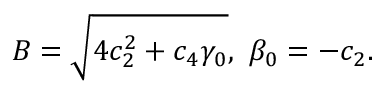
B = \sqrt { 4 c _ { 2 } ^ { 2 } + c _ { 4 } \gamma _ { 0 } } , \ \beta _ { 0 } = - c _ { 2 } .